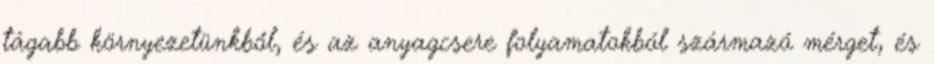
tágabb környezetünkből, és az anyagcsere folyamatokból származó mérget, és